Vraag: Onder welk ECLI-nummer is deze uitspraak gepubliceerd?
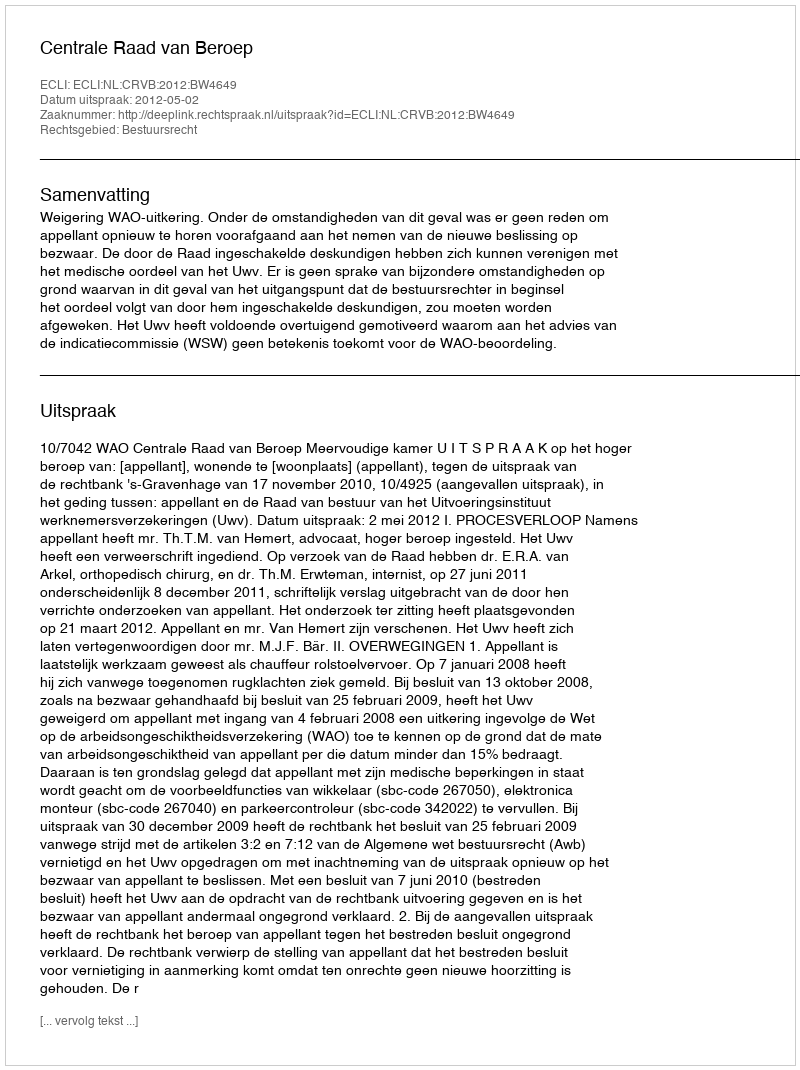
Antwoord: ECLI:NL:CRVB:2012:BW4649